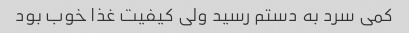
کمی سرد به دستم رسید ولی کیفیت غذا خوب بود